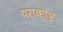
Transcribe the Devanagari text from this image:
पराकाष्ट